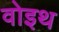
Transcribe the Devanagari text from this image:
वोइथ